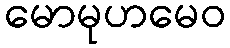
မောမုဟမေဝ